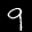
Label: 9